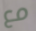
مع